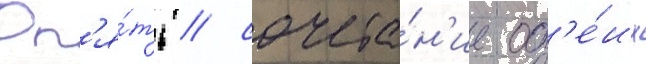
Оп'я́ть / сочета́н'ие об'е́их